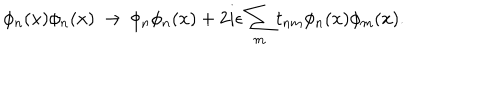
\phi _ { n } ( x ) \phi _ { n } ( x ) \, \rightarrow \, \phi _ { n } \phi _ { n } ( x ) + 2 i \epsilon \sum _ { m } t _ { n m } \phi _ { n } ( x ) \phi _ { m } ( x ) .